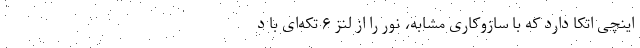
اینچی اتکا دارد که با سازوکاری مشابه، نور را از لنز ۶ تکه‌ای با د